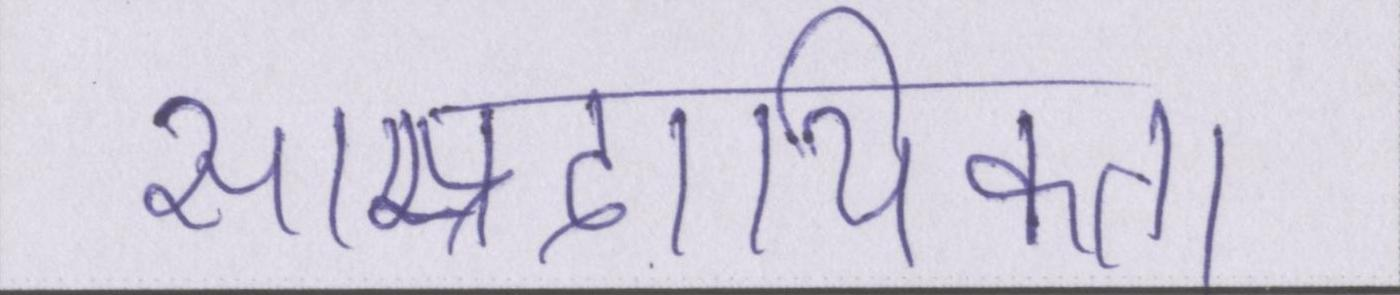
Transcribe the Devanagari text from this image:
साम्प्रदायिकता